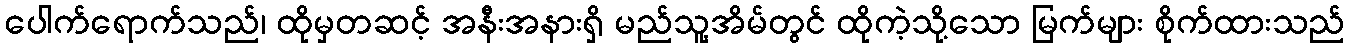
ပေါက်ရောက်သည်၊ ထိုမှတဆင့် အနီးအနားရှိ မည်သူ့အိမ်တွင် ထိုကဲ့သို့သော မြက်များ စိုက်ထားသည်